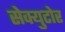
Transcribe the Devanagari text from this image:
सेक्युटोर